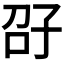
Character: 𫲤